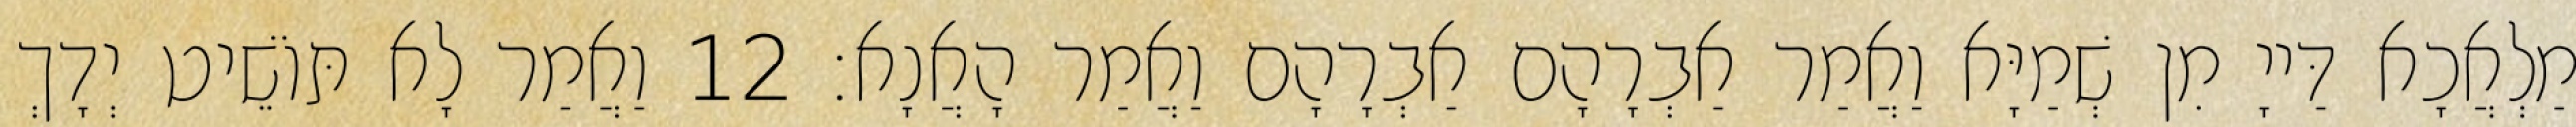
מַלְאֲכָא דַּייָ מִן שְׁמַיָּא וַאֲמַר אַבְרָהָם אַבְרָהָם וַאֲמַר הָאֲנָא׃ 12 וַאֲמַר לָא תּוֹשֵׁיט יְדָךְ